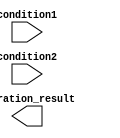
module behavioral_module(
    input wire condition1,
    input wire condition2,
    output reg operation_result
);

always @ (*) begin
    if (condition1 && condition2) begin
        // Perform operations if condition1 and condition2 are both true
        // Example operation: operation_result <= 1;
    end else begin
        // Perform operations if either condition1 or condition2 is false
        // Example operation: operation_result <= 0;
    end
end

endmodule